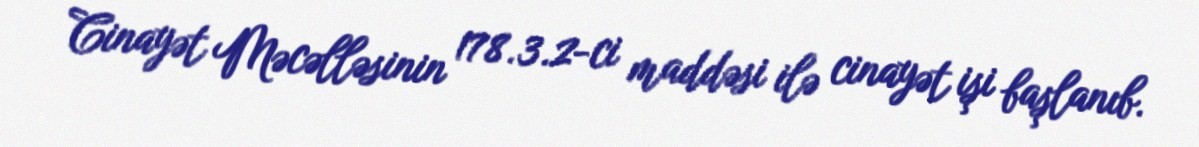
Cinayət Məcəlləsinin 178.3.2-ci maddəsi ilə cinayət işi başlanıb.